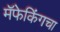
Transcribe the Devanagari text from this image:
मॅफेकिंगचा